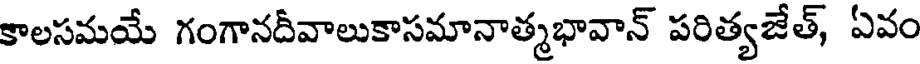
కాలసమయే గంగానదీవాలుకాసమానాత్మభావాన్ పరిత్యజేత్, ఏవం